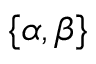
\{ \alpha , \beta \}